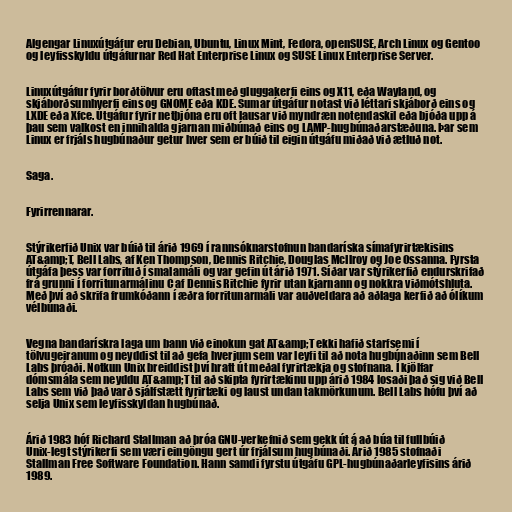
Algengar Linuxútgáfur eru Debian, Ubuntu, Linux Mint, Fedora, openSUSE, Arch Linux og Gentoo
og leyfisskyldu útgáfurnar Red Hat Enterprise Linux og SUSE Linux Enterprise Server.

Linuxútgáfur fyrir borðtölvur eru oftast með gluggakerfi eins og X11, eða Wayland, og
skjáborðsumhverfi eins og GNOME eða KDE. Sumar útgáfur notast við léttari skjáborð eins og
LXDE eða Xfce. Útgáfur fyrir netþjóna eru oft lausar við myndræn notendaskil eða bjóða upp á
þau sem valkost en innihalda gjarnan miðbúnað eins og LAMP-hugbúnaðarstæðuna. Þar sem
Linux er frjáls hugbúnaður getur hver sem er búið til eigin útgáfu miðað við ætluð not.

Saga.

Fyrirrennarar.

Stýrikerfið Unix var búið til árið 1969 í rannsóknarstofnun bandaríska símafyrirtækisins
AT&amp;T, Bell Labs, af Ken Thompson, Dennis Ritchie, Douglas McIlroy og Joe Ossanna. Fyrsta
útgáfa þess var forrituð í smalamáli og var gefin út árið 1971. Síðar var stýrikerfið endurskrifað
frá grunni í forritunarmálinu C af Dennis Ritchie fyrir utan kjarnann og nokkra viðmótshluta.
Með því að skrifa frumkóðann í æðra forritunarmáli var auðveldara að aðlaga kerfið að ólíkum
vélbúnaði.

Vegna bandarískra laga um bann við einokun gat AT&amp;T ekki hafið starfsemi í
tölvugeiranum og neyddist til að gefa hverjum sem var leyfi til að nota hugbúnaðinn sem Bell
Labs þróaði. Notkun Unix breiddist því hratt út meðal fyrirtækja og stofnana. Í kjölfar
dómsmála sem neyddu AT&amp;T til að skipta fyrirtækinu upp árið 1984 losaði það sig við Bell
Labs sem við það varð sjálfstætt fyrirtæki og laust undan takmörkunum. Bell Labs hófu því að
selja Unix sem leyfisskyldan hugbúnað.

Árið 1983 hóf Richard Stallman að þróa GNU-verkefnið sem gekk út á að búa til fullbúið
Unix-legt stýrikerfi sem væri eingöngu gert úr frjálsum hugbúnaði. Árið 1985 stofnaði
Stallman Free Software Foundation. Hann samdi fyrstu útgáfu GPL-hugbúnaðarleyfisins árið
1989.